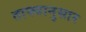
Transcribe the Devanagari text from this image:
ताफ्यानुसार